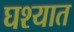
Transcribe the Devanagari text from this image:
घश्यात